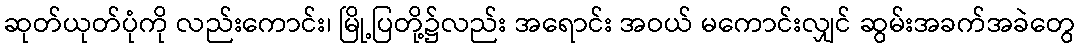
ဆုတ်ယုတ်ပုံကို လည်းကောင်း၊ မြို့ပြတို့၌လည်း အရောင်း အဝယ် မကောင်းလျှင် ဆွမ်းအခက်အခဲတွေ